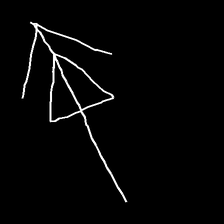
Glyph: pull